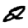
Digit: 2